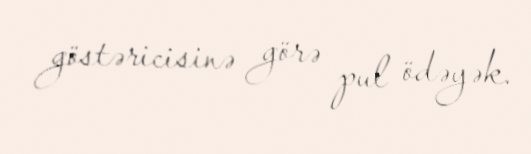
göstəricisinə görə pul ödəyək.